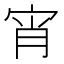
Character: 宵